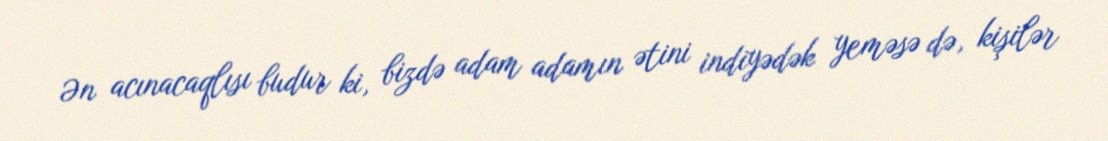
Ən acınacaqlısı budur ki, bizdə adam adamın ətini indiyədək yeməsə də, kişilər